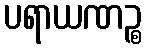
ပရာယဏဉ္စ